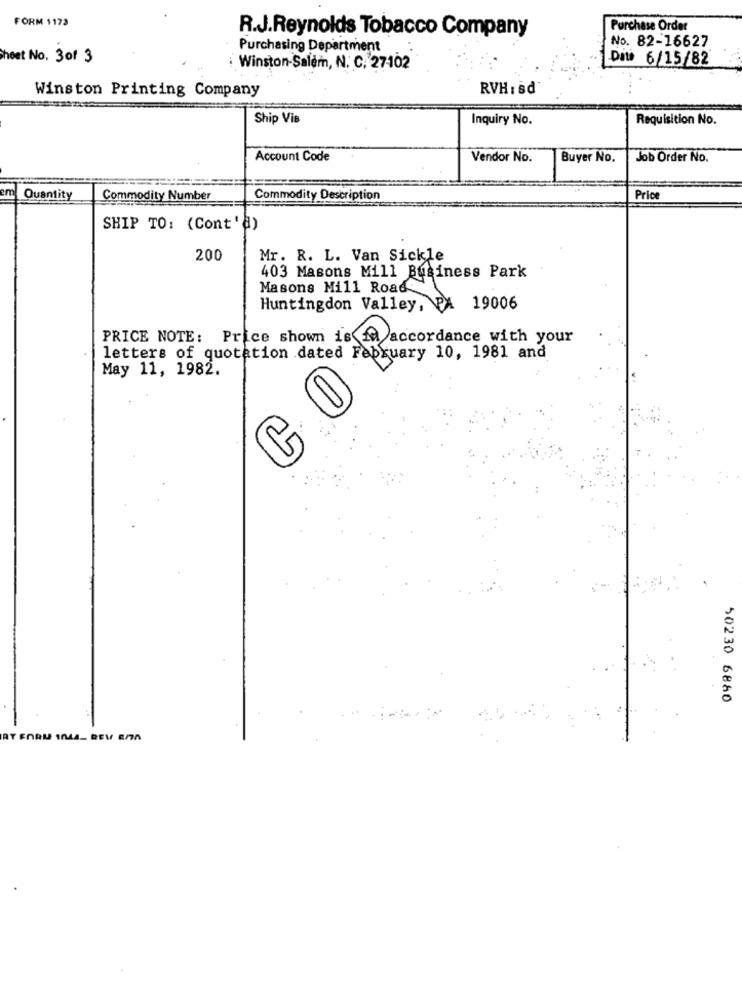
FORM 1173
R.J.Reynolds Tobacco Company
Purchase Order
: Purchasing Department
No. 82-16627
Sheet No. 301 3
Date 6/15/82
Winston-Salem, N. C. 27102
RVH : sd
Winston Printing Company
Ship Vis
Inquiry No.
Requisition No.
Account Code
Vendor No.
Buyer No.
Job Order No.
m Quantity
Commodity Number
Commodity Description
Price
SHIP TO: (Cont'd)
200
Mr. R. L. Van Sickle
403 Masons Mill Business Park
Masons Mill Road
Huntingdon Valley, PA
19006
PRICE NOTE: Price shown is f accordance with your
ed Ax aca
letters of quotation dated February 10, 1981 and
May 11, 1982.
CO
50230 6880
RT FORM IN44- BEY En